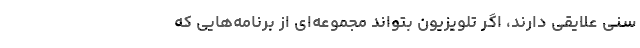
سنی علایقی دارند، اگر تلویزیون بتواند مجموعه‌ای از برنامه‌هایی که